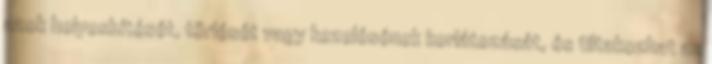
azok helyesbítését, törlését vagy kezelésének korlátozását, és tiltakozhat az